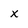
Character: x